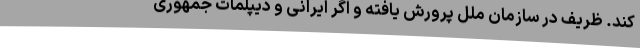
کند. ظریف در سازمان ملل پرورش یافته و اگر ایرانی و دیپلمات جمهوری